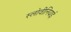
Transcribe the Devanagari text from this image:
स्लोवीनियाई